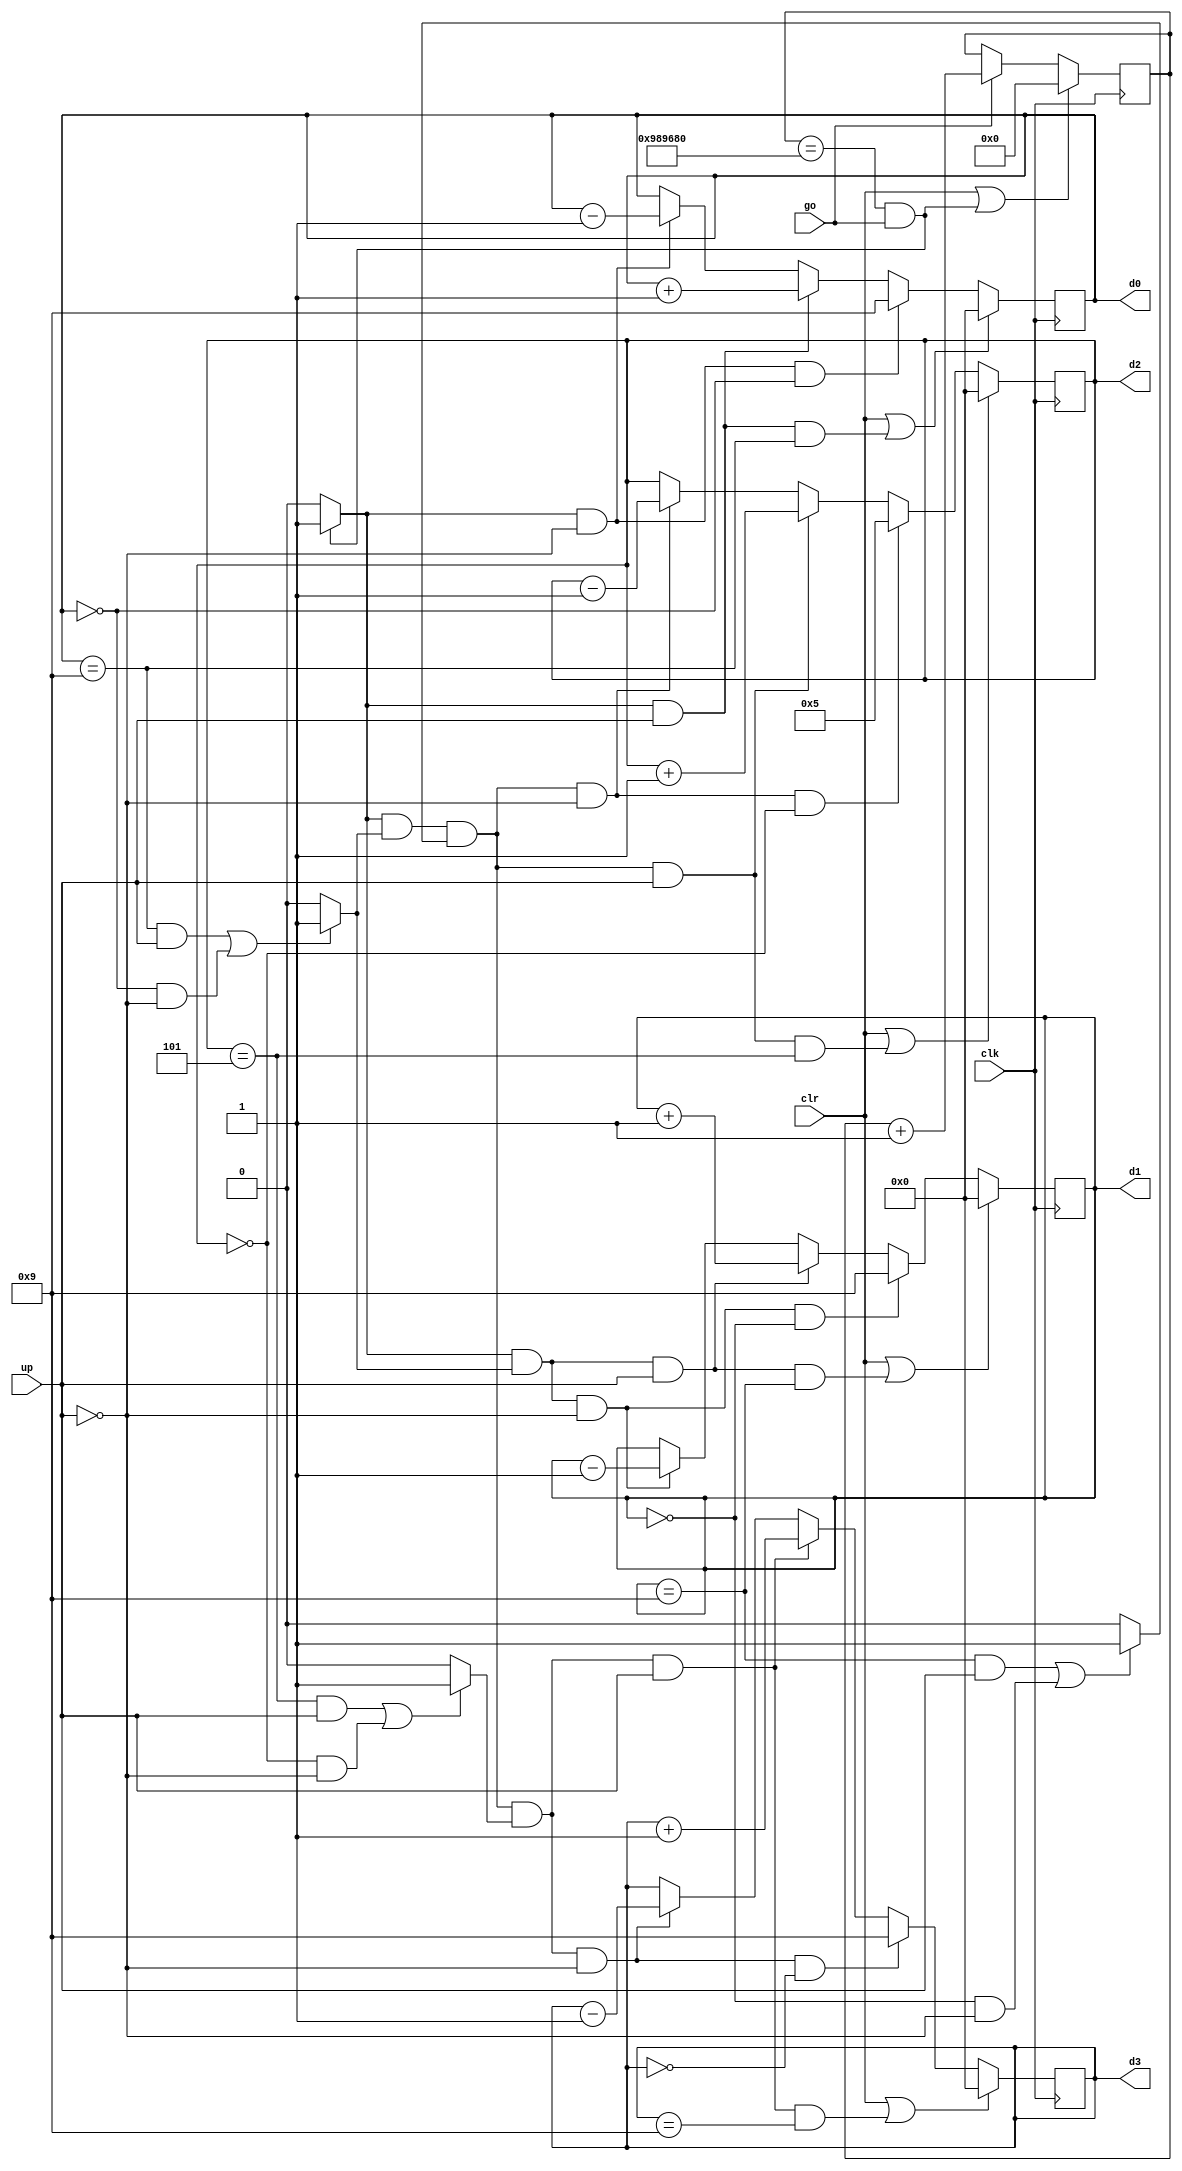
module enhanced_stopwatch(
    input clk,                    //input clock, 100MHZ on Basys 3
    input go,                     //go signal to start/stop counter
    input clr,                    //clr signal to reset counter
    input up,                     //if 1, count up. if 0, count down
    output [3:0] d3, d2, d1, d0   //output for minute, second, and millisecond increments on counter
    );
    
    parameter DVSR = 10000000; //Mod-M counter for 0.1 second tick with 100MHZ clock
    
    reg  [31:0] ms_reg;         
    wire [31:0] ms_next;
    
    reg  [3:0] d3_reg, d2_reg, d1_reg, d0_reg;         //BCD second registers
    wire [3:0] d3_next, d2_next, d1_next, d0_next;     //BCD second next value (stay same, count up, roll over from 9 to 0)
    
    wire d3_en, d2_en, d1_en, d0_en;                   //Enable status of if 10, 1, and 0.1 second should count
    
    wire ms_tick, d0_tick, d1_tick, d2_tick;           //tick status 
    
    //register
    always @(posedge clk)
    begin
        ms_reg <= ms_next;
        d3_reg <= d3_next;
        d2_reg <= d2_next;
        d1_reg <= d1_next;
        d0_reg <= d0_next;
    end
    
    //next state logic
    //0.1 second tick generator
    assign ms_next = (clr || (ms_reg == DVSR && go)) ? 4'b0000 :
                     (go) ?   ms_reg + 1 :
                              ms_reg;
    //asserts ms_tick if DVSR at max for counter                      
    assign ms_tick = (ms_reg == DVSR && go) ? 1'b1 : 1'b0;
    
    //0.1 sec counter (0 to 9)
    assign d0_en   = ms_tick; //increments every time ms_tick is asserted (once a millisecond)
    assign d0_next = (clr || (d0_en && up && d0_reg == 9)) ? 4'b0000: 
                     (d0_en && ~up  && d0_reg == 0)        ? 4'b1001:
                     (d0_en && up)  ?  d0_reg + 1 :   
                     (d0_en && ~up) ?  d0_reg - 1 :   
                                       d0_reg;
    assign d0_tick = ((d0_reg == 9 && up) || (d0_reg == 0 && ~up)) ? 1'b1 : 1'b0; //tick asserted if 9 and counting up or 0 and counting down
    
    //1 sec counter (0 to 9)
    assign d1_en   = ms_tick & d0_tick; //increments every time ms_tick is asserted (once a millisecond)
    assign d1_next = (clr || (d1_en && up && d1_reg == 9)) ? 4'b0000: 
                     (d1_en && ~up  && d1_reg == 0)        ? 4'b1001:
                     (d1_en && up)  ?  d1_reg + 1 :   
                     (d1_en && ~up) ?  d1_reg - 1 :   
                                       d1_reg;
    assign d1_tick = ((d1_reg == 9 && up) || (d1_reg == 0 && ~up)) ? 1'b1 : 1'b0; //tick asserted if 9 and counting up or 0 and counting down
    
    //10 sec counter (0 to 5)
    assign d2_en   = ms_tick && d0_tick && d1_tick; //increments every time ms_tick is asserted (once a millisecond)
    assign d2_next = (clr || (d2_en && up && d2_reg == 5)) ? 4'b0000: 
                     (d2_en && ~up  && d2_reg == 0)        ? 4'b0101:
                     (d2_en && up)  ?  d2_reg + 1 :   
                     (d2_en && ~up) ?  d2_reg - 1 :   
                                       d2_reg;
    assign d2_tick = ((d2_reg == 5 && up) || (d2_reg == 0 && ~up)) ? 1'b1 : 1'b0; //tick asserted if 9 and counting up or 0 and counting down

    //1 minute counter (0 to 9)
    assign d3_en   = ms_tick && d0_tick && d1_tick && d2_tick; //increments every time ms_tick is asserted (once a millisecond)
    assign d3_next = (clr || (d3_en && up && d3_reg == 9)) ? 4'b0000: 
                     (d3_en && ~up  && d3_reg == 0)        ? 4'b1001:
                     (d3_en && up)  ?  d3_reg + 1 :   
                     (d3_en && ~up) ?  d3_reg - 1 :   
                                       d3_reg;                               
    
    //output logic
    assign d0 = d0_reg;
    assign d1 = d1_reg;
    assign d2 = d2_reg;
    assign d3 = d3_reg;
    
endmodule